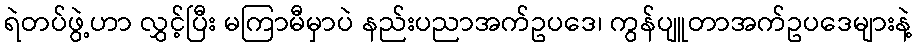
ရဲတပ်ဖွဲ့ဟာ လွှင့်ပြီး မကြာမီမှာပဲ နည်းပညာအက်ဥပဒေ၊ ကွန်ပျူတာအက်ဥပဒေများနဲ့